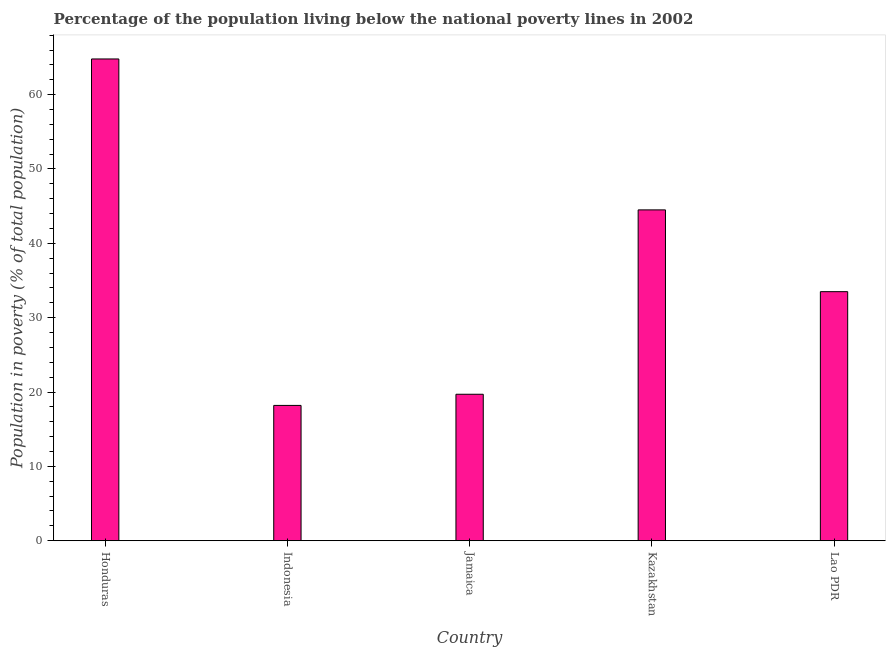
| Country | Poverty headcount ratio |
 | --- | --- |
 | Honduras | 64.8 |
 | Indonesia | 18.2 |
 | Jamaica | 19.7 |
 | Kazakhstan | 44.5 |
 | Lao PDR | 33.5 |